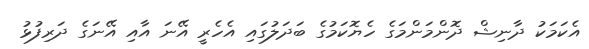
އެކަމަކު ދާނިޝް ދޮންމަންމަގެ ހެޔޮކަމުގެ ބަދަލުގައި އެހެރީ އޭނަ އާއި އޭނަގެ ދަރިފުޅު